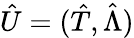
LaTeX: \hat{U}=(\hat{T},\hat{\Lambda})